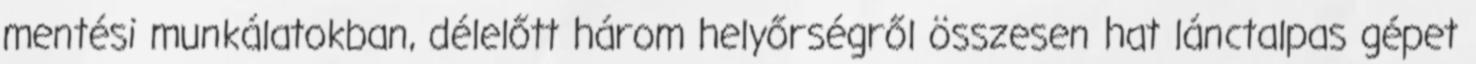
mentési munkálatokban, délelőtt három helyőrségről összesen hat lánctalpas gépet